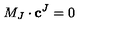
M _ { J } \cdot \mathbf { c } ^ { J } = 0